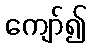
ကျော်၍